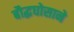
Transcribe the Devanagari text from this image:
बौद्धघोसाने